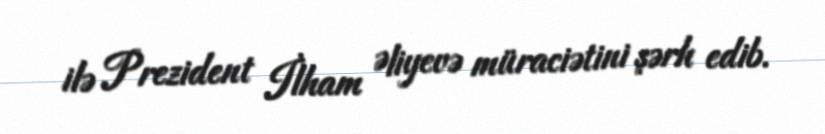
ilə Prezident İlham Əliyevə müraciətini şərh edib.